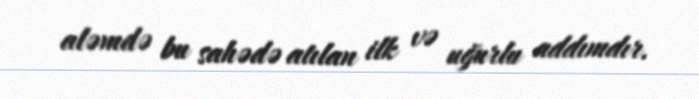
aləmdə bu sahədə atılan ilk və uğurlu addımdır.